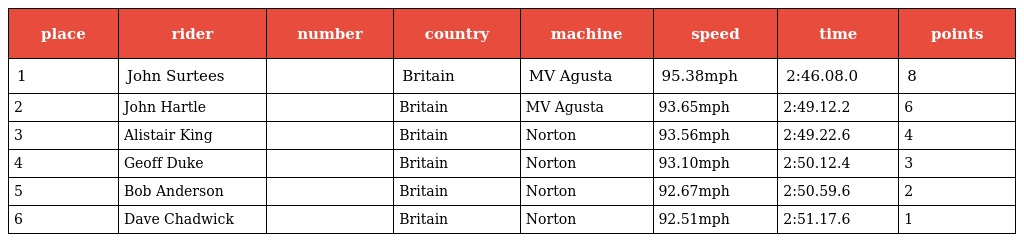
| place | rider | number | country | machine | speed | time | points |
 | --- | --- | --- | --- | --- | --- | --- | --- |
 | 1 | John Surtees |  | Britain | MV Agusta | 95.38mph | 2:46.08.0 | 8 |
 | 2 | John Hartle |  | Britain | MV Agusta | 93.65mph | 2:49.12.2 | 6 |
 | 3 | Alistair King |  | Britain | Norton | 93.56mph | 2:49.22.6 | 4 |
 | 4 | Geoff Duke |  | Britain | Norton | 93.10mph | 2:50.12.4 | 3 |
 | 5 | Bob Anderson |  | Britain | Norton | 92.67mph | 2:50.59.6 | 2 |
 | 6 | Dave Chadwick |  | Britain | Norton | 92.51mph | 2:51.17.6 | 1 |